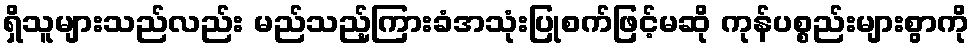
ရှိသူများသည်လည်း မည်သည့်ကြားခံအသုံးပြုစက်ဖြင့်မဆို ကုန်ပစ္စည်းများစွာကို